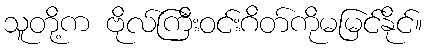
သူတို့က ဗိုလ်ကြီးဝင်းဂိတ်ကိုမမြင်နိုင်။